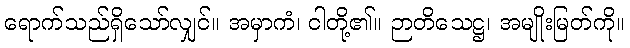
ရောက်သည်ရှိသော်လျှင်။ အမှာကံ၊ ငါတို့၏။ ဉာတိသေဋ္ဌ၊ အမျိုးမြတ်ကို။